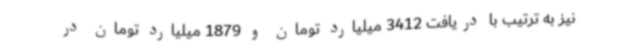
نیز به ترتیب با دریافت 3412 میلیارد تومان و 1879 میلیارد تومان در